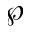
\wp